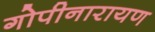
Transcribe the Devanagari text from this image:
गोपीनारायण